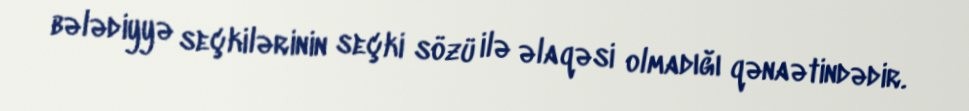
bələdiyyə seçkilərinin seçki sözü ilə əlaqəsi olmadığı qənaətindədir.